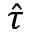
\hat { \tau }